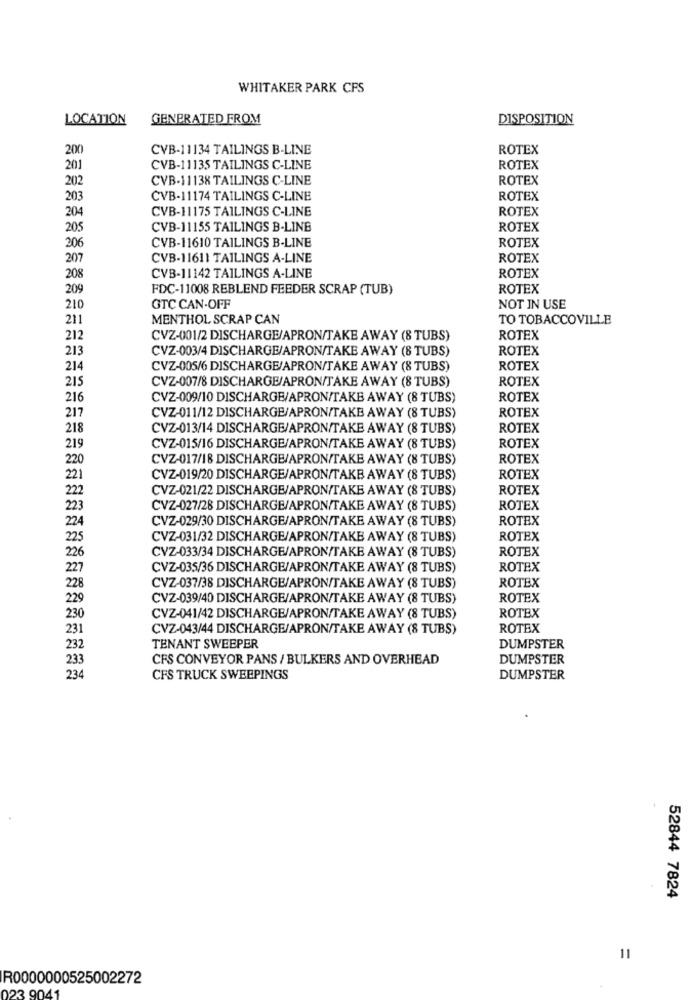
WHITAKER PARK CFS
LOCATION
GENERATED FROM
DISPOSITION
200
CVB-11134 TAILINGS B-LINE
ROTEX
201
CVB-11135 TAILINGS C-LINE
ROTEX
202
CVB-11138 TAILINGS C-LINE
ROTEX
203
CVB-11174 TAILINGS C-LINE
ROTEX
204
CVB-11175 TAILINGS C-LINE
ROTEX
205
CVB-11155 TAILINGS B-LINE
ROTEX
206
ROTEX
CVB-11610 TAILINGS B-LINE
207
CVB-11611 TAILINGS A-LINE
ROTEX
CVB-11142 TAILINGS A-LINE
208
ROTEX
209
FDC-11008 REBLEND FEEDER SCRAP (TUB)
ROTEX
210
GTC CAN-OFF
NOT IN USE
211
MENTHOL SCRAP CAN
TO TOBACCOVILLE
212
CVZ-001/2 DISCHARGE/APRON/TAKE AWAY (8 TUBS)
ROTEX
213
CVZ-003/4 DISCHARGE/APRON/TAKE AWAY (8 TUBS)
ROTEX
214
CVZ-005/6 DISCHARGE/APRON/TAKE AWAY (8 TUBS)
ROTEX
215
CVZ-007/8 DISCHARGE/APRON/TAKE AWAY (8 TUBS)
ROTEX
216
CVZ-009/10 DISCHARGE/APRON/TAKE AWAY (8 TUBS)
ROTEX
217
ROTEX
CVZ-011/12 DISCHARGE/APRON/TAKE AWAY (8 TUBS)
218
CVZ-013/14 DISCHARGE/APRON/TAKE AWAY (8 TUBS)
ROTEX
219
ROTEX
CVZ-015/16 DISCHARGE/APRON/TAKE AWAY (8 TUBS)
220
CVZ-017/18 DISCHARGE/APRON/TAKE AWAY (8 TUBS)
ROTEX
221
CVZ-019/20 DISCHARGE/APRON/TAKE AWAY (8 TUBS)
ROTEX
222
CVZ-021/22 DISCHARGE/APRON/TAKE AWAY (8 TUBS)
ROTEX
223
CVZ-027/28 DISCHARGE/APRON/TAKE AWAY (8 TUBS)
ROTEX
224
CVZ-029/30 DISCHARGE/APRON/TAKE AWAY (8 TUBS)
ROTEX
225
CVZ-031/32 DISCHARGE/APRON/TAKE AWAY (8 TUBS)
ROTEX
226
CVZ-033/34 DISCHARGE/APRON/TAKE AWAY (8 TUBS)
ROTEX
227
CVZ-035/36 DISCHARGE/APRON/TAKE AWAY (8 TUBS)
ROTEX
ROTEX
228
CVZ-037/38 DISCHARGE/APRON/TAKE AWAY (8 TUBS)
229
CVZ-039/40 DISCHARGE/APRON/TAKE AWAY (8 TUBS)
ROTEX
ROTEX
230
CVZ-041/42 DISCHARGE/APRON/TAKE AWAY (8 TUBS)
231
CVZ-043/44 DISCHARGE/APRON/TAKE AWAY (8 TUBS)
ROTEX
232
TENANT SWEEPER
DUMPSTER
233
CFS CONVEYOR PANS / BULKERS AND OVERHEAD
DUMPSTER
234
CFS TRUCK SWEEPINGS
DUMPSTER
52844 7824
11
R0000000525002272
023 9041